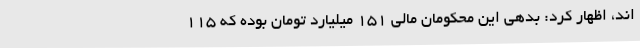
اند، اظهار کرد: بدهی این محکومان مالی 151 میلیارد تومان بوده که 115